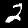
Digit: 2